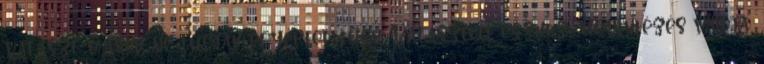
választ mások ne tudják egyértelműen. Választott eszköz: Ügyintézés módja: